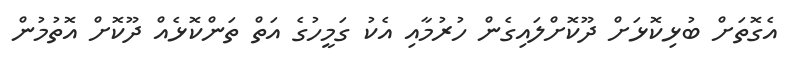
އެގޮތަށް ބުޅިކޮޅަށް ދޫކޮށްލައިގެން ހުރުމާއި އެކު ގަމީހުގެ އަތް ތަންކޮޅެއް ދޫކޮށް އޮތުމުން